Problem: 22 + 26 = ?
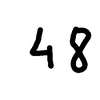
Handwritten answer: 48